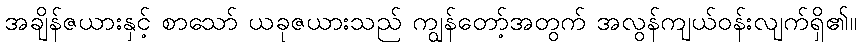
အချိန်ဇယားနှင့် စာသော် ယခုဇယားသည် ကျွန်တော့်အတွက် အလွန်ကျယ်ဝန်းလျက်ရှိ၏။